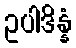
ဥပါဒိန္နံ